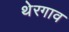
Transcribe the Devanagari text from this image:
थेरगाव